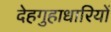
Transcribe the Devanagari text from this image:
देहगुहाधारियों